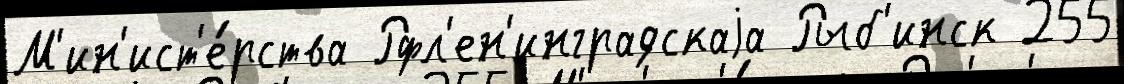
М'ин'ист'е́рства Рфл'ен'инградскаjа Рыб'инск 255